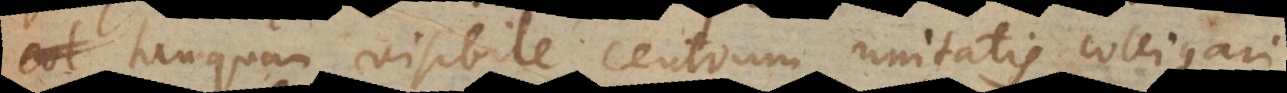
anquam visibile centrum unitatis colligari